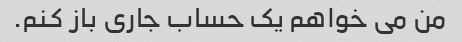
من می خواهم یک حساب جاری باز کنم.